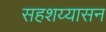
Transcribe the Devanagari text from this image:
सहशय्यासन